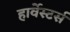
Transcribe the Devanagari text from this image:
हार्वेस्टर्स